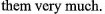
them very much.